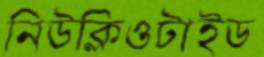
নিউক্লিওটাইড